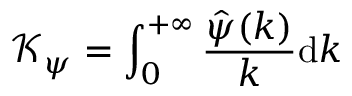
\mathcal { K } _ { \psi } = \int _ { 0 } ^ { + \infty } \frac { \hat { \psi } ( k ) } { k } \mathrm { d } k